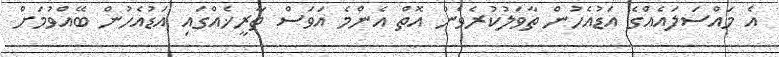
އެ މައްސަލައެއްގެ އަޑުއެހުން ތާވަލުކުރެވެން އޮތް އެންމެ އަވަސް ތާރީޚެއްގައި އަޑުއެހުން ބޭއްވުމަށް